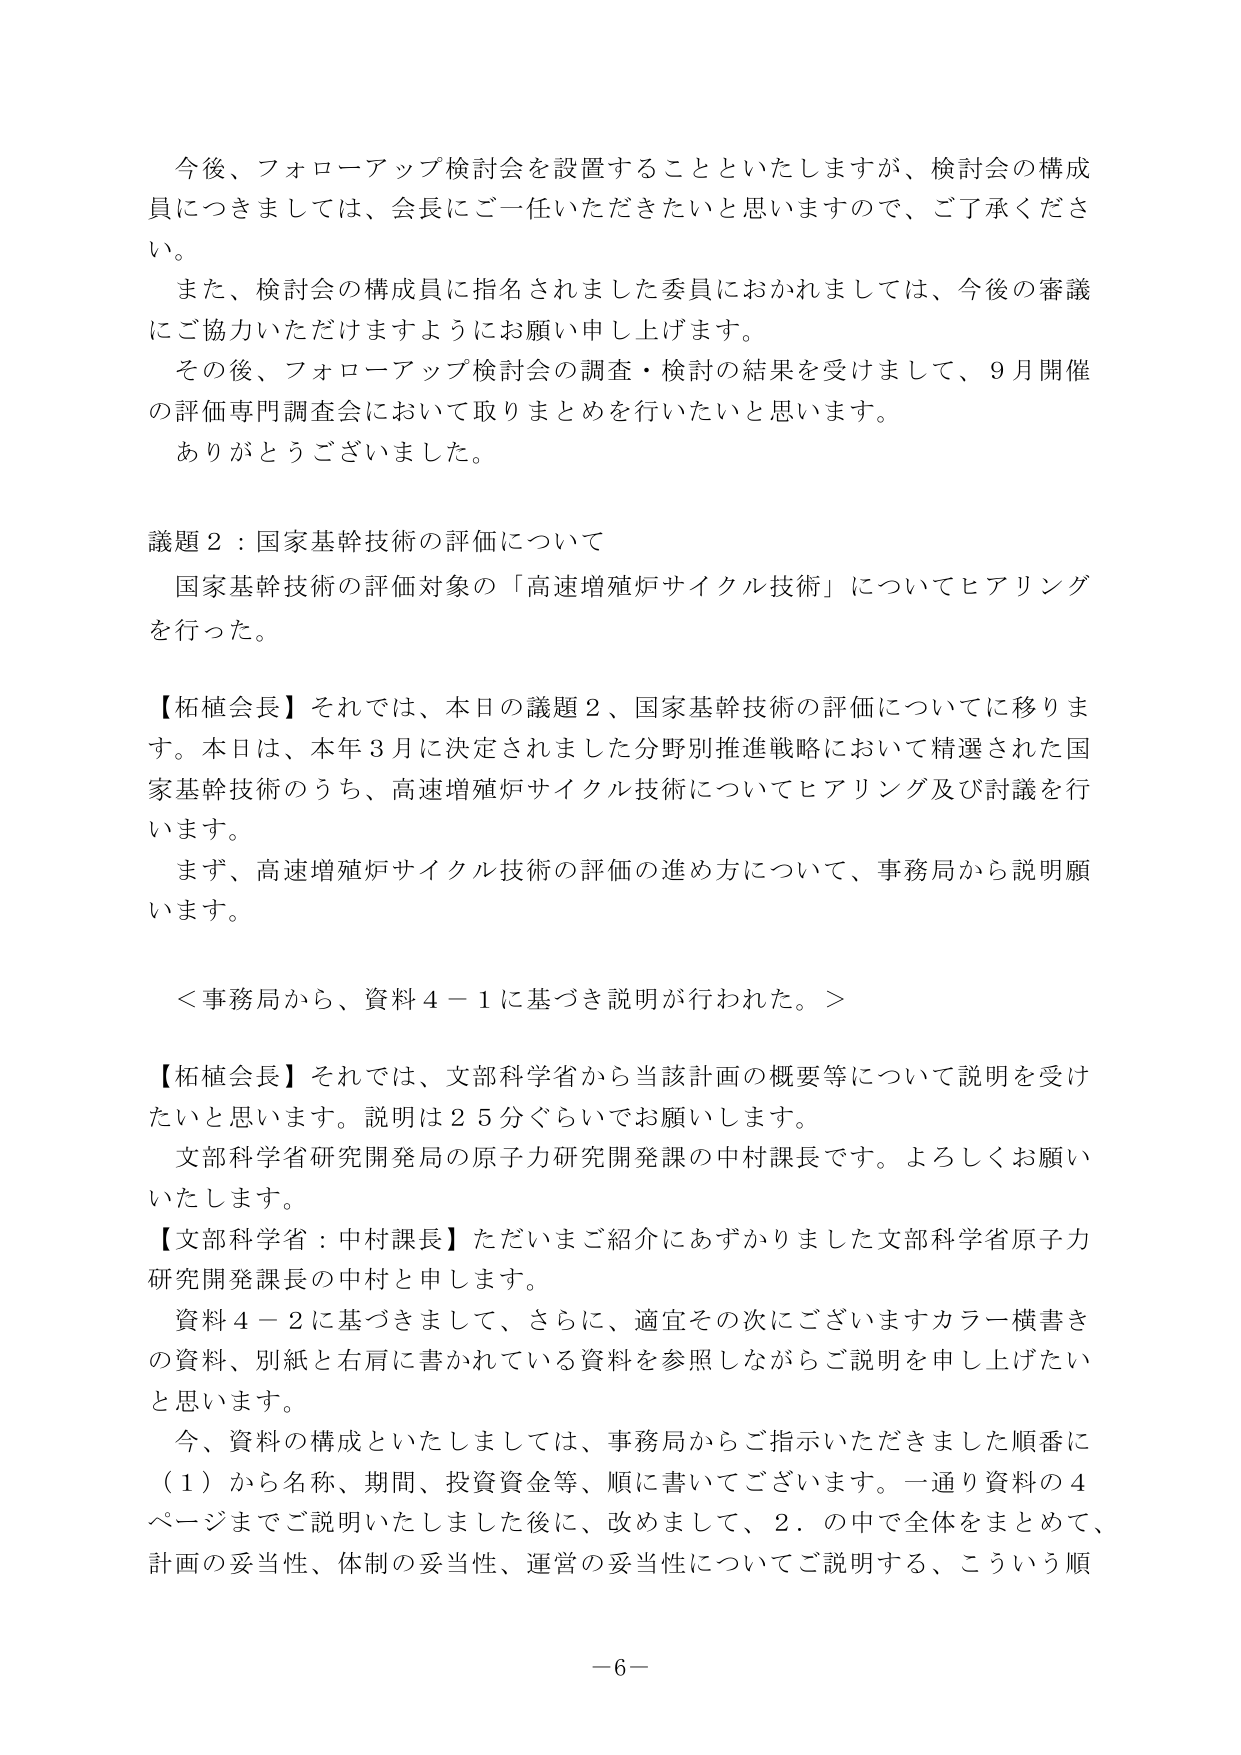
今後、フォローアップ検討会を設置することといたしますが、検討会の構成員につきましては、会長にご一任いただきたいと思いますので、ご了承ください。

また、検討会の構成員に指名されました委員におかれましては、今後の審議にご協力いただけますようにお願い申し上げます。

その後、フォローアップ検討会の調査・検討の結果を受けまして、9月開催の評価専門調査会において取りまとめを行いたいと思います。

ありがとうございました。

議題2：国家基幹技術の評価について

国家基幹技術の評価対象の「高速増殖炉サイクル技術」についてヒアリングを行った。

【柘植会長】それでは、本日の議題2、国家基幹技術の評価についてに移ります。本日は、本年3月に決定されました分野別推進戦略において精選された国家基幹技術のうち、高速増殖炉サイクル技術についてヒアリング及び討議を行います。

まず、高速増殖炉サイクル技術の評価の進め方について、事務局から説明願います。

＜事務局から、資料4－1に基づき説明が行われた。＞

【柘植会長】それでは、文部科学省から当該計画の概要等について説明を受けたいと思います。説明は25分ぐらいでお願いします。

文部科学省研究開発局の原子力研究開発課の中村課長です。よろしくお願いいたします。

【文部科学省：中村課長】ただいまご紹介にあずかりました文部科学省原子力研究開発課長の中村と申します。

資料4－2に基づきまして、さらに、適宜その次にございますカラー横書きの資料、別紙と右肩に書かれている資料を参照しながらご説明を申し上げたいと思います。

今、資料の構成といたしましては、事務局からご指示いただきました順番に（1）から名称、期間、投資資金等、順に書いてございます。一通り資料の4ページまでご説明いたしました後に、改めまして、2．の中で全体をまとめて、計画の妥当性、体制の妥当性、運営の妥当性についてご説明する、こういう順

－6－